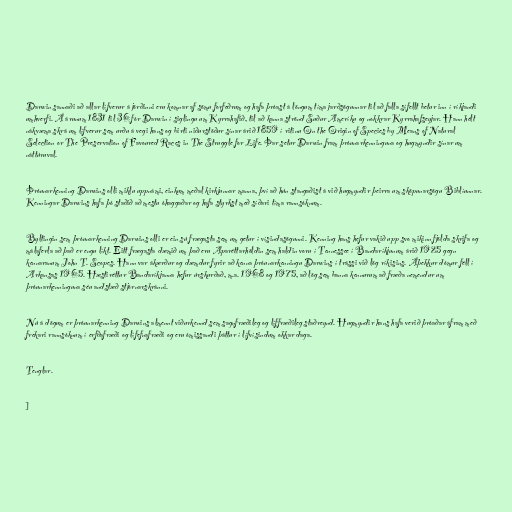
Darwin sannaði að allar lífverur á jörðinni eru komnar af sömu forfeðrum og hafa þróast á löngum tíma jarðsögunnar til að falla sífellt betur inn í ríkjandi
umhverfi. Á árunum 1831 til 36 fór Darwin í siglingu um Kyrrahafið, til að kanna strönd Suður Ameríku og nokkrar Kyrrahafseyjar. Hann hélt
nákvæma skrá um lífverur sem urðu á vegi hans og birti niðurstöður sínar árið 1859 í ritinu On the Origin of Species by Means of Natural
Selection or The Preservation of Favoured Races in The Struggle for Life. Þar setur Darwin fram þróunarkenninguna og hugmyndir sínar um
náttúruval.

Þróunarkenning Darwins olli miklu uppnámi, einkum meðal kirkjunnar manna, því að hún stangaðist á við hugmyndir þeirra um sköpunarsögu Biblíunnar.
Kenningar Darwins hafa þó staðið að mestu óhaggaðar og hafa styrkst með síðari tíma rannsóknum.

Byltingin sem þróunarkenning Darwins olli er ein sú frægasta sem um getur í vísindasögunni. Kenning hans hefur vakið upp svo mikinn fjölda skrifa og
málaferla að það er engu líkt. Eitt frægasta dæmið um það eru Aparéttarhöldin sem haldin voru í Tennessee í Bandaríkjunum árið 1925 gegn
kennaranum John T. Scopes. Hann var ákærður og dæmdur fyrir að kenna þróunarkenningu Darwins í trássi við lög ríkisins. Áþekkur dómur féll í
Arkansas 1965. Hæstiréttur Bandaríkjanna hefur úrskurðað, m.a. 1968 og 1975, að lög sem banna kennurum að fræða nemendur um
þróunarkenninguna séu andstæð stjórnarskránni.

Nú á dögum er þróunarkenning Darwins almennt viðurkennd sem sagnfræðileg og líffræðileg staðreynd. Hugmyndir hans hafa verið þróaðar áfram með
frekari rannsóknum í erfðafræði og lífefnafræði og eru ómissandi þáttur í lífvísindum okkar daga.

Tenglar.

]